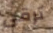
ترقى